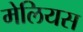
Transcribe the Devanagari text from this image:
मेलियस